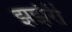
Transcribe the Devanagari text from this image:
झझंरी